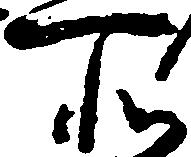
所